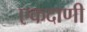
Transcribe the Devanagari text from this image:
एकदाणी